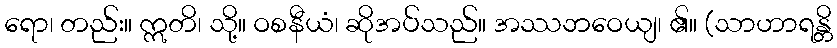
ရော၊ တည်း။ ဣတိ၊ သို့။ ဝစနီယံ၊ ဆိုအပ်သည်။ အဿဘဝေယျ၊ ၏။ (သာဟာရန္တိ